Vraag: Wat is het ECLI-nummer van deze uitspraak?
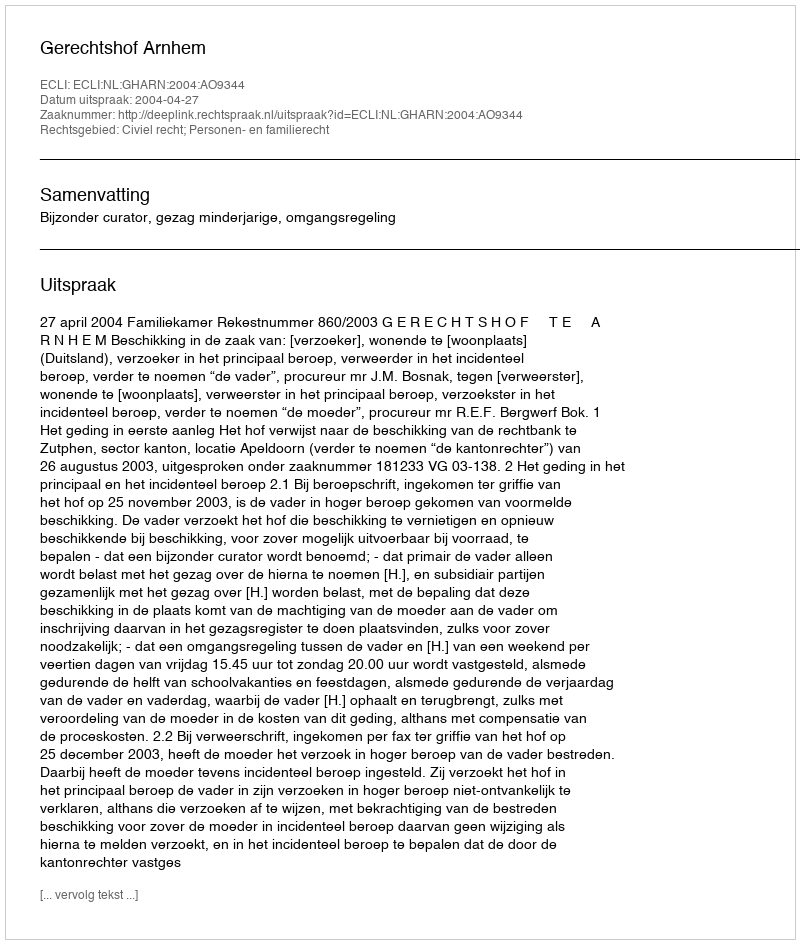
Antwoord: ECLI:NL:GHARN:2004:AO9344